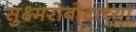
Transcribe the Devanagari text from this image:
सुक्ष्मरोबोटाच्या